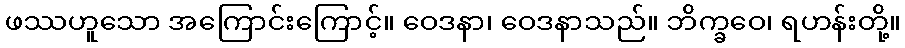
ဖဿဟူသော အကြောင်းကြောင့်။ ဝေဒနာ၊ ဝေဒနာသည်။ ဘိက္ခဝေ၊ ရဟန်းတို့။